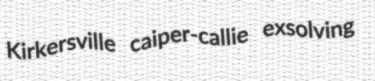
Kirkersville caiper-callie exsolving